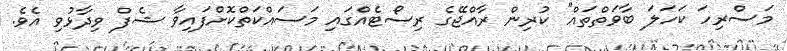
މަސްރިހަ ކަހަލަ ބާވަތްތައް" ކުރިން ރާއްޖޭގެ ރިސޯޓެއްގައި މަސައްކަތްކޮށްފައިވާ ޝެފް ވިދާޅުވި އެވެ.